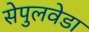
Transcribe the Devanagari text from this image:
सेपुलवेडा